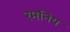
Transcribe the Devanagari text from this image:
रमनिय